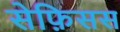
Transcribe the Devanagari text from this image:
सेफ़िसस